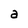
Character: a